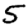
Digit: 5